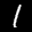
Label: 1